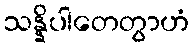
သန္နိပါတေတွာဟံ